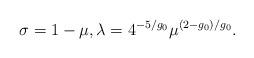
LaTeX: \begin{align*}\sigma=1-\mu, \lambda = 4^{-5/g_0}\mu^{(2-g_0)/g_0}.\end{align*}